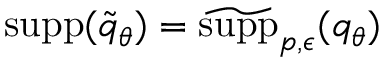
{ \mathrm { s u p p } } ( \widetilde { q } _ { \theta } ) = \widetilde { \mathrm { s u p p } } _ { p , \epsilon } ( q _ { \theta } )